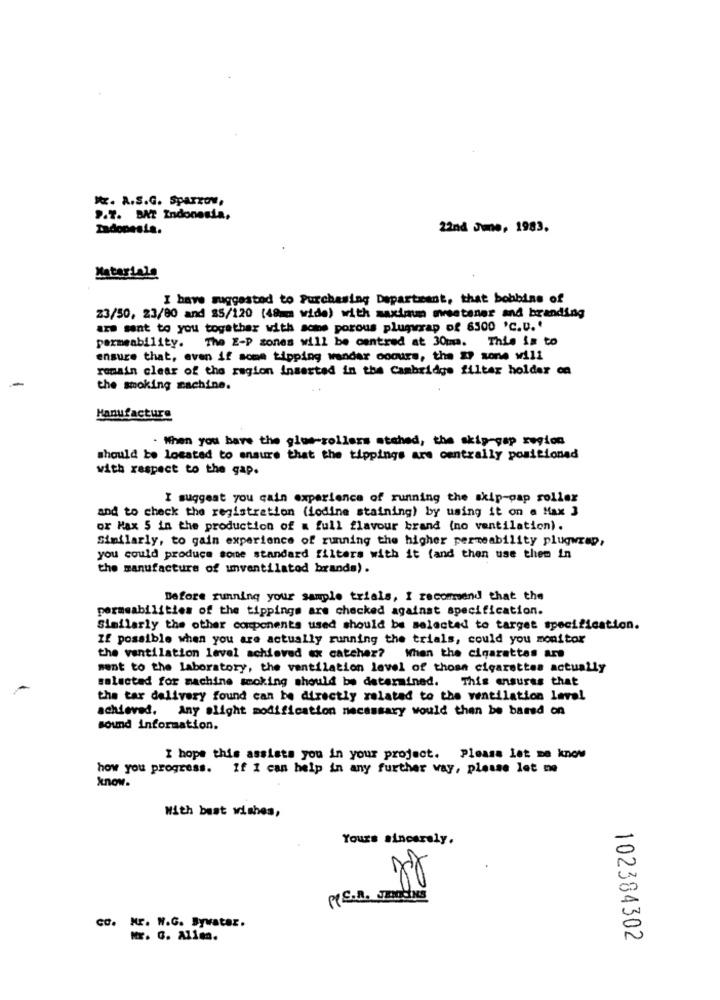
X. A.S.G. Sparzow,
P.T. BAT Indonesia,
Tadopesia.
22nd Jme, 1983.
Materiale
I have suggested to Purchasing Department, that bobbins of
23/50, 23/80 and $5/120 (48mm wide) with maximum sweetener and branding
ars sent to you together with some porous plugwrap of 6300 '℃.U.'
The Z-P zones will be centred at 30mm. This is to
permeability.
ensure that, even if somm tipping wandar ooours, the XP sone will
remain clear of the region inserted in the Cambridge filter holder ca
the smoking machine.
Manufacture
. When you have the glos-rollers atched, the skip-gap region
should be located to ensure that the tippings are centrally positioned
with respect to the gap.
I suggest you cain experience of running the skip-gap roller
and to check the registration (iodine staining) by using it on a Max 3
or Max 5 in the production of a full flavour brand (no ventilation).
Similarly, to gain experience of running the higher permeability plugwrap,
you could produce some standard filters with it (and then use them in
the manufacture of unventilated brands).
Before running your sample trials, I recommend that the
permeabilities of the tippings are checked against specification.
Similarly the other components used should be selected to target specification.
If possible when you are actually running the trials, could you monitor
the ventilation level achieved ex catcher? When the cigarettes are
sent to the Laboratory, the ventilation level of those cigarettes actually
selected for machine smoking should be determined. This ensures that
the tar delivery found can be directly related to the ventilation level
achieved. Any alight modification necessary would then be based on
sound Information.
I hope this assists you in your project. Please let me know
how you progress. If I can help in any further way, please let no
know.
With best wishes,
Yours sincerely.
PPE.A. Jmoches
CO. Nr. W.G. Bywatar.
Mr. G. Allen.
102384302